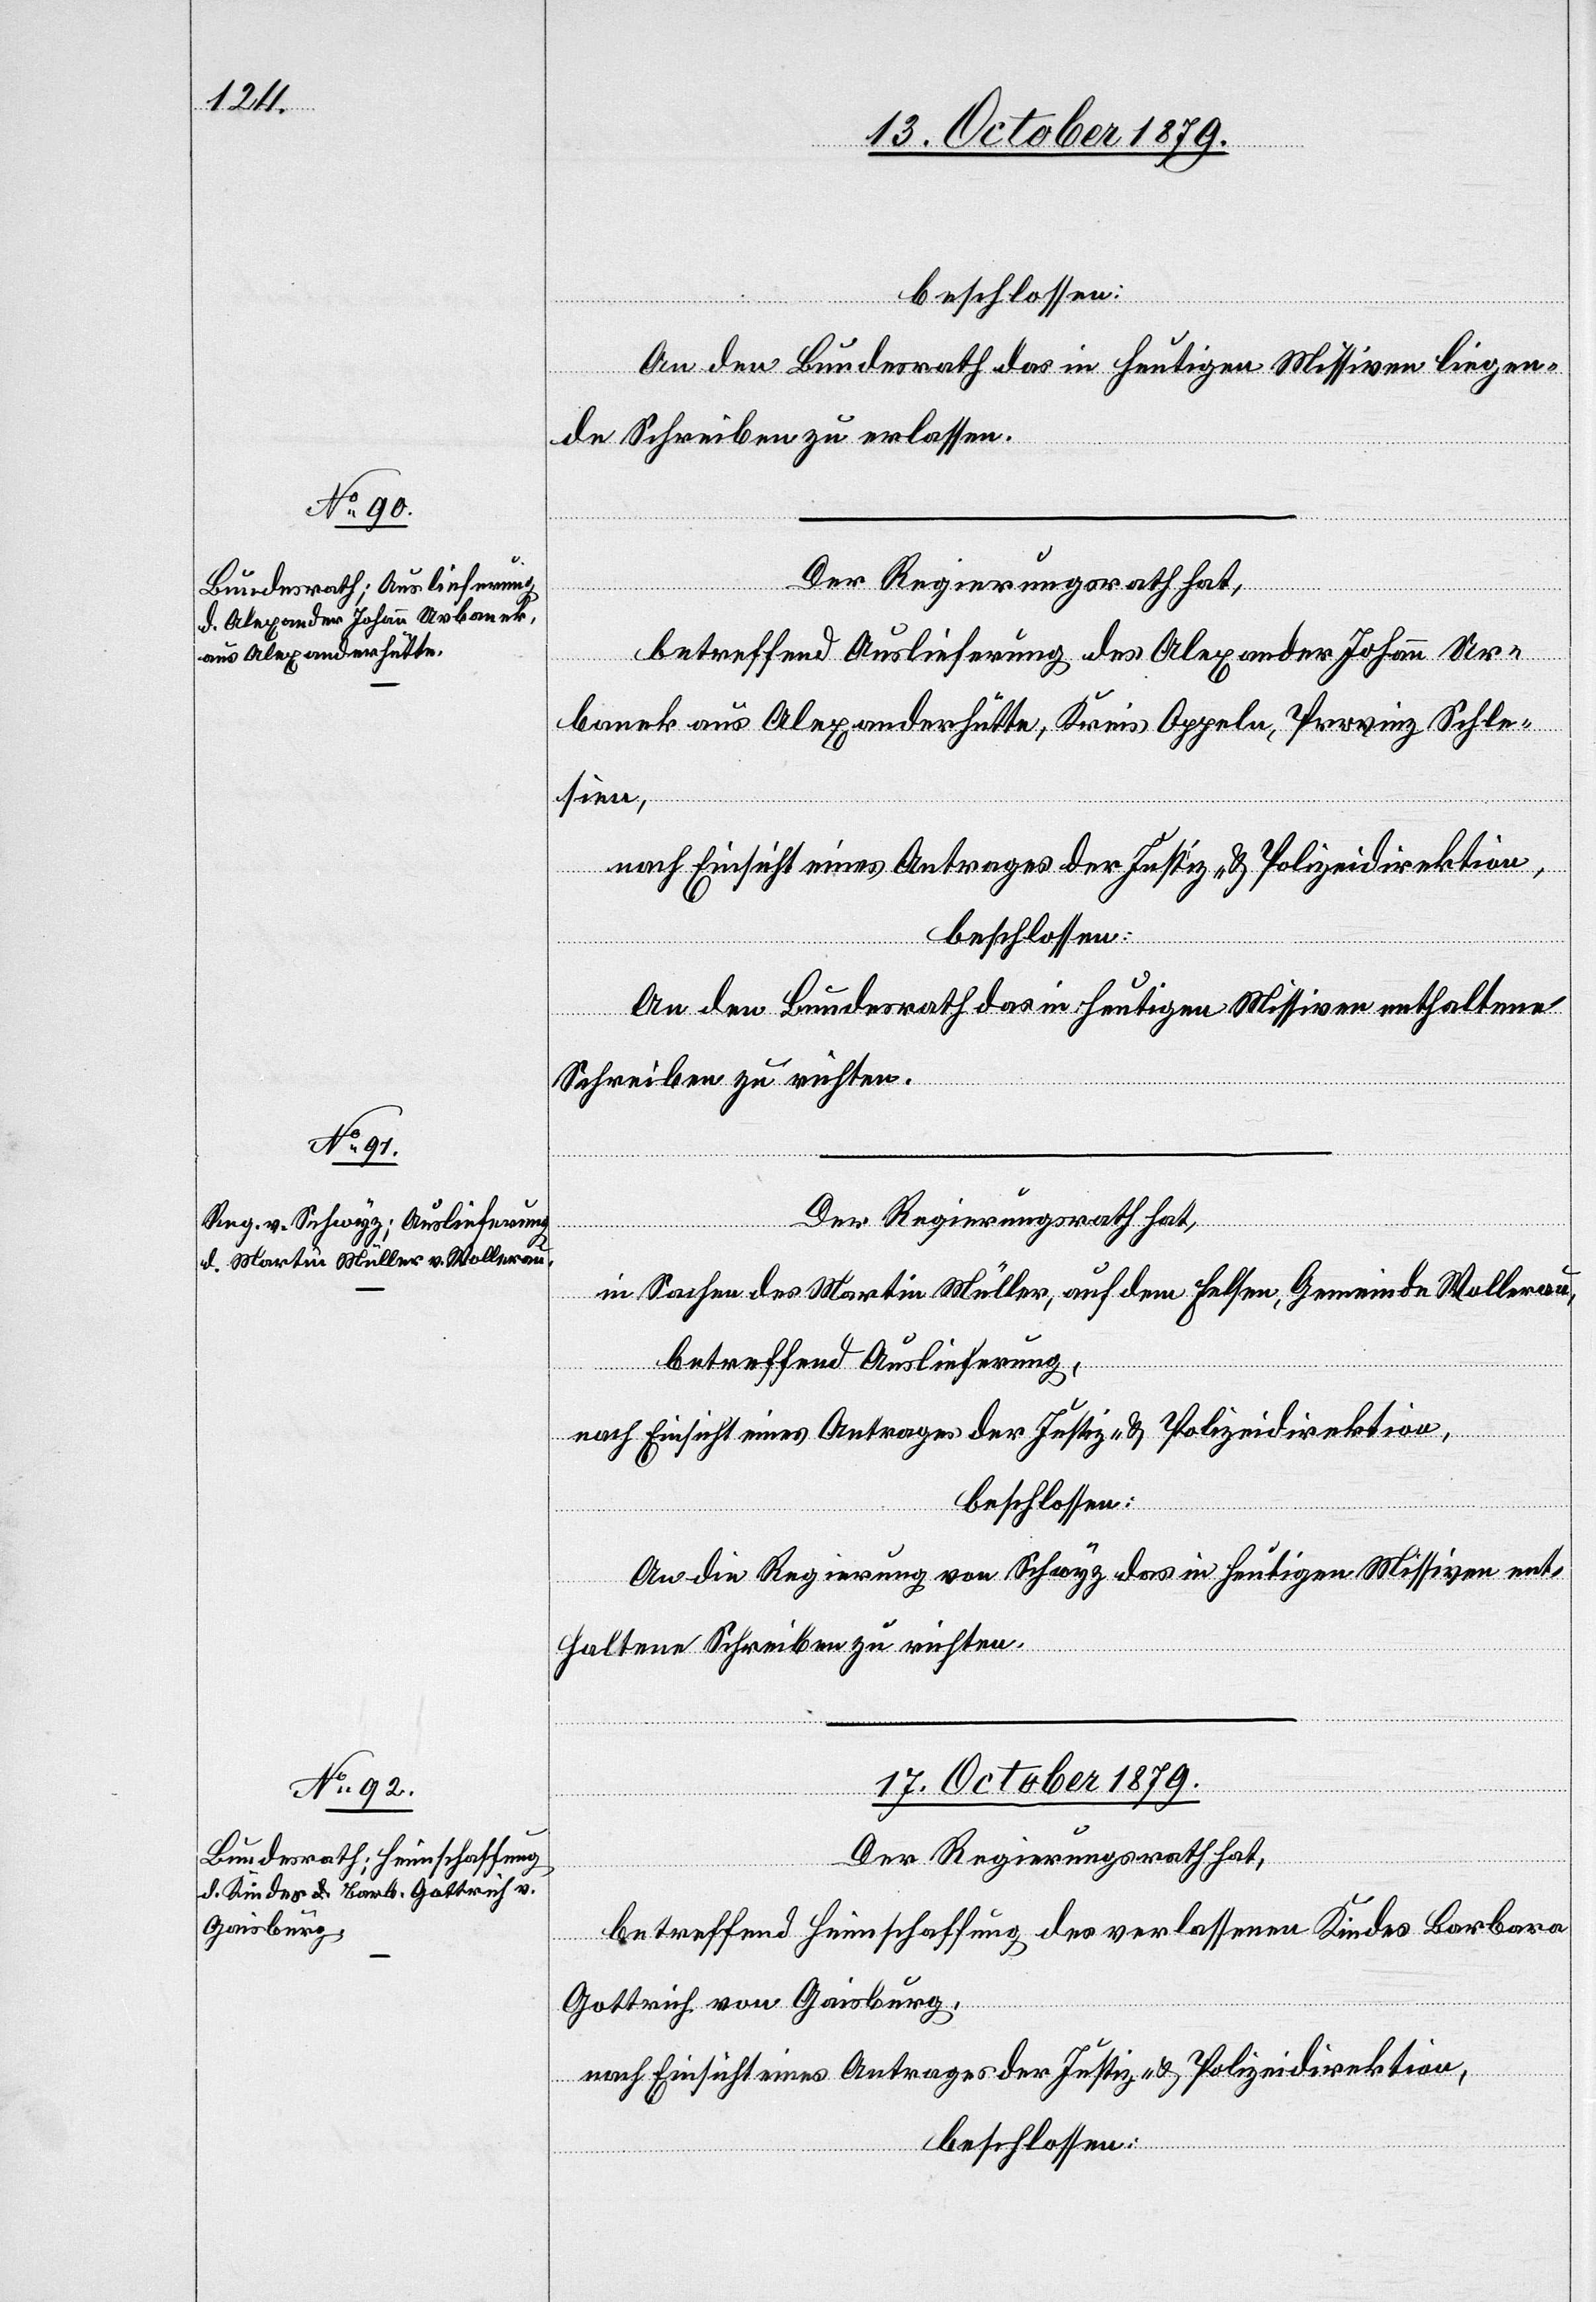
16. October 1879.]
beschlossen:
An den Bundesrath das in heutigen Missiven liegen¬
de Schreiben zu erlassen.
Der Regierungsrath hat,
betreffend Auslieferung des Alexander Johann Ur¬
banek aus Alexanderhütte, Kreis Oppeln, Provinz Schle¬
gungen]
sien,
An den Bundesrath das in heutigen Missiven enthaltene
Schreiben zu richten.
Der Regierungsrath hat,
in Sachen des Martin Müller, auf dem Felsen, Gemeinde Wollerau,
betreffend Auslieferung,
nach Einsicht eines Antrages der Justiz- & Polizeidirektion,
beschlossen:
An die Regierung von Schwyz das in heutigen Missiven ent¬
haltene Schreiben zu richten.
17. October 1879.
Der Regierungsrath hat,
betreffend Heimschaffung des verlassenen Kindes Barbara
Gottrich von Gaisburg,
nach Einsicht eines Antrages der Justiz- & Polizeidirektion,
beschlossen: